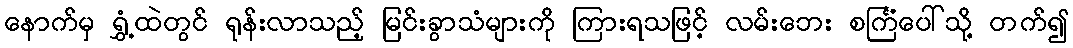
နောက်မှ ရွှံ့ထဲတွင် ရုန်းလာသည့် မြင်းခွာသံများကို ကြားရသဖြင့် လမ်းဘေး စင်္ကြံပေါ်သို့ တက်၍